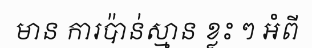
មាន ការប៉ាន់ស្មាន ខ្លះ ៗ អំពី